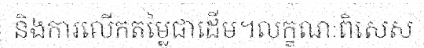
និងការលើកតម្លៃជាដើម។លក្ខណៈពិសេស